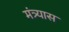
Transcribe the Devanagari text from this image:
मंत्र्यास